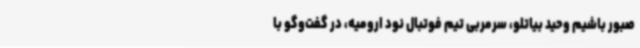
صبور باشیم وحید بیاتلو، سرمربی تیم فوتبال نود ارومیه، در گفت‌وگو با